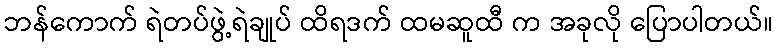
ဘန်ကောက် ရဲတပ်ဖွဲ့ရဲချုပ် ထိရဒက် ထမဆူထီ က အခုလို ပြောပါတယ်။